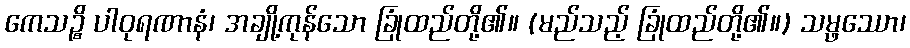
ကေသဉ္စိ ပါဝုရဏာနံ၊ အချို့ကုန်သော ခြုံထည်တို့၏။ (မည်သည့် ခြုံထည်တို့၏။) သမ္ဖဿော၊